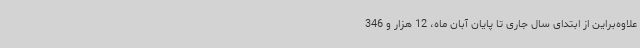
علاوه‌براین از ابتدای سال جاری تا پایان آبان‌ ماه، 12 ‌هزار و 346